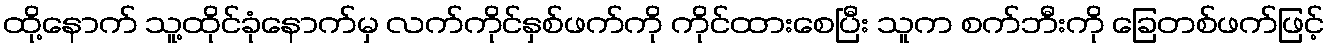
ထို့နောက် သူ့ထိုင်ခုံနောက်မှ လက်ကိုင်နှစ်ဖက်ကို ကိုင်ထားစေပြီး သူက စက်ဘီးကို ခြေတစ်ဖက်ဖြင့်